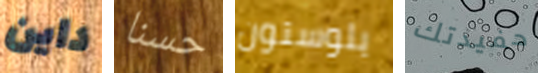
داين حسنا يلوستون حفيدتك